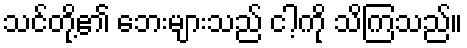
သင်တို့၏ ဘေးများသည် ငါ့ကို သိကြသည်။